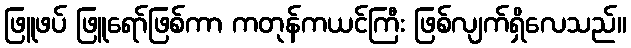
ဖြူဖပ် ဖြူရော်ဖြစ်ကာ ကတုန်ကယင်ကြီး ဖြစ်လျက်ရှိလေသည်။